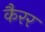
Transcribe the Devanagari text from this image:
कैरर